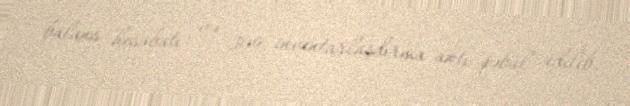
balans hesabatı və 369 inventarlaşdırma aktı qəbul edilib.